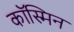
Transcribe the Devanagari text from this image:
कॉस्मिन